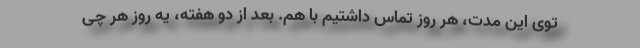
توی این مدت، هر روز تماس داشتیم با هم. بعد از دو هفته، یه روز هر چی